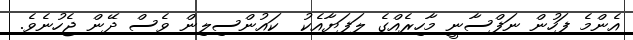
އެންމެ ފަހުން ނަފްސާނީ މާހިރެއްގެ ލަފަޔާއެކު  ކައުންސިލިން ވެސް ދޭން ޖެހުނެވެ.